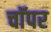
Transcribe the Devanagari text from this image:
चाॅपर